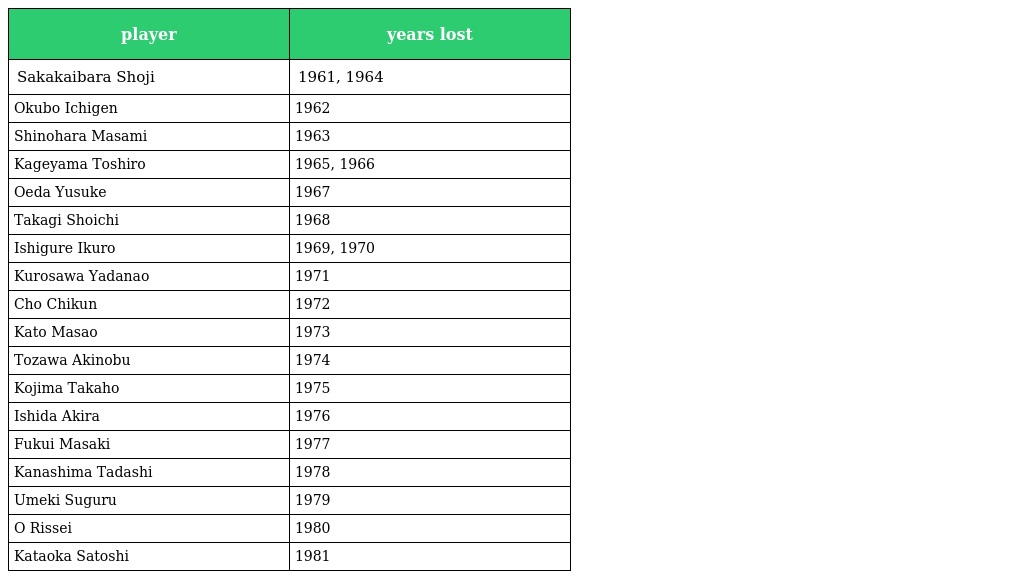
| player | years lost |
 | --- | --- |
 | Sakakaibara Shoji | 1961, 1964 |
 | Okubo Ichigen | 1962 |
 | Shinohara Masami | 1963 |
 | Kageyama Toshiro | 1965, 1966 |
 | Oeda Yusuke | 1967 |
 | Takagi Shoichi | 1968 |
 | Ishigure Ikuro | 1969, 1970 |
 | Kurosawa Yadanao | 1971 |
 | Cho Chikun | 1972 |
 | Kato Masao | 1973 |
 | Tozawa Akinobu | 1974 |
 | Kojima Takaho | 1975 |
 | Ishida Akira | 1976 |
 | Fukui Masaki | 1977 |
 | Kanashima Tadashi | 1978 |
 | Umeki Suguru | 1979 |
 | O Rissei | 1980 |
 | Kataoka Satoshi | 1981 |